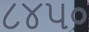
૮૪૫૦